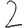
Digit: 2